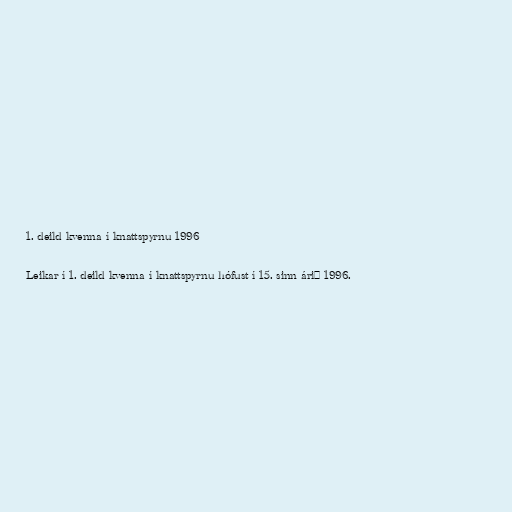
1. deild kvenna í knattspyrnu 1996

Leikar í 1. deild kvenna í knattspyrnu hófust í 15. sinn árið 1996.